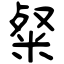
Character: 粲